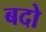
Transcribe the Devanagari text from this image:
बदो